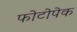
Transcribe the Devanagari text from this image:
फोटोपेक